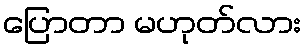
ပြောတာ မဟုတ်လား